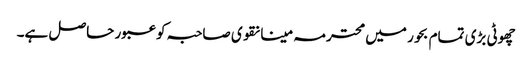
چھوٹی بڑی تمام بحور میں محترمہ مینا نقوی صاحبہ کو عبور حاصل ہے۔